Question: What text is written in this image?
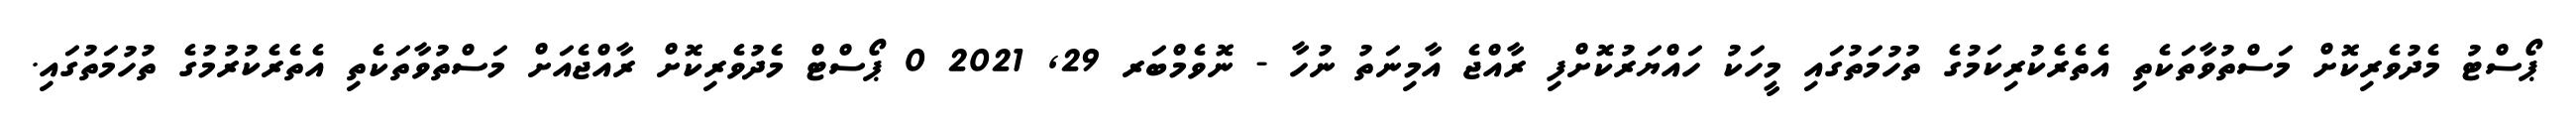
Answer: ޕޯސްޓު މެދުވެރިކޮށް މަސްތުވާތަކެތި އެތެރެކުރިކަމުގެ ތުހުމަތުގައި މީހަކު ހައްޔަރުކޮށްފި ރާއްޖެ އާމިނަތު ނުހާ - ނޮވެމްބަރ 29, 2021 0 ޕޯސްޓް މެދުވެރިކޮށް ރާއްޖެއަށް މަސްތުވާތަކެތި އެތެރެކުރުމުގެ ތުހުމަތުގައި.